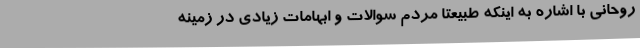
روحانی با اشاره به اینکه طبیعتاً مردم سوالات و ابهامات زیادی در زمینه